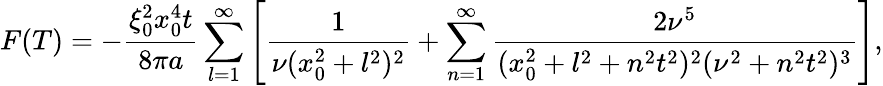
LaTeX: F(T)=-\frac{\xi_{0}^{2}x_{0}^{4}t}{8\pi a}\sum_{l=1}^{\infty}\left[\frac 1{\nu(x_{0}^{2}+l^{2})^{2}}+\sum_{n=1}^{\infty}\frac{2\nu^{5}}{(x_{0}^{2}+l^{2}+n^{2}t^{2})^{2}(\nu^{2}+n^{2}t^{2})^{3}}\right],